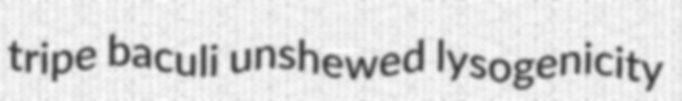
tripe baculi unshewed lysogenicity